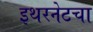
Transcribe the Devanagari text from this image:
इथरनेटचा